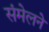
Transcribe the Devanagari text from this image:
संमेलनेे